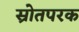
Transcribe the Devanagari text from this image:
स्रोतपरक